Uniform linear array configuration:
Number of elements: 48
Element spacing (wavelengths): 0.5
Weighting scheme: kaiser
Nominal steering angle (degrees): -30
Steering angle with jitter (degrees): -31.44
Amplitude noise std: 0.05
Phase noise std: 0.05

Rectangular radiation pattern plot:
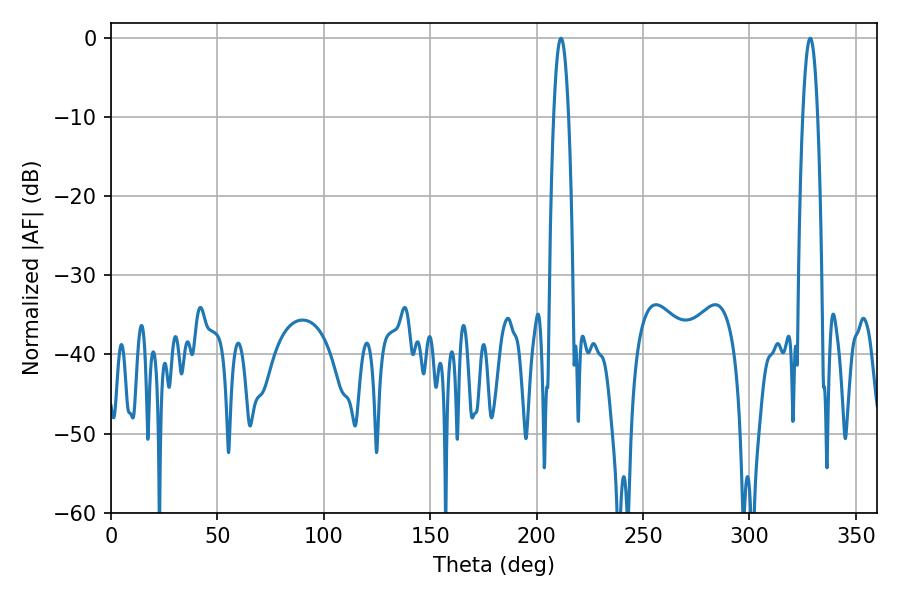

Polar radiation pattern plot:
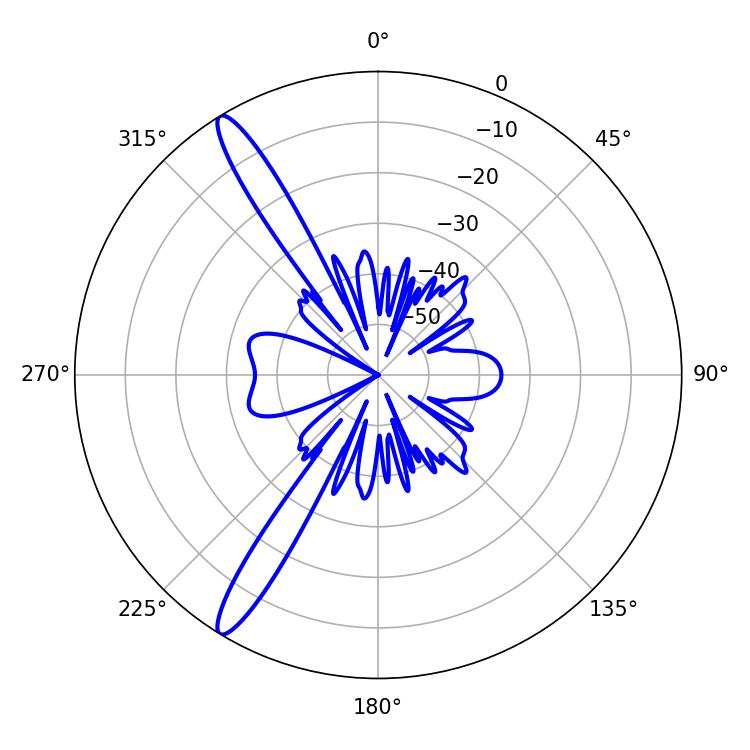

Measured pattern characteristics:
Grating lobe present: FALSE
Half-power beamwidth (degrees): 3.78
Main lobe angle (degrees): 328.5